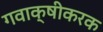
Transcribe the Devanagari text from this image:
गवाक्षीकरक